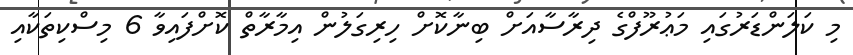
މި ކަލަންޑަރުގައި މަޢުރޫފްގެ ދިރާސާއަށް ބިނާކޮށް ހިރިގަލުން އިމާރާތް ކޮށްފައިވާ 6 މިސްކިތަކާއި